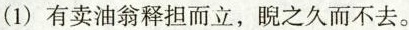
(1)有卖油翁释担而立，睨之久而不去。